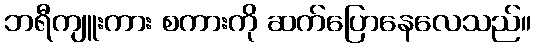
ဘရီကျူးကား စကားကို ဆက်ပြောနေလေသည်။